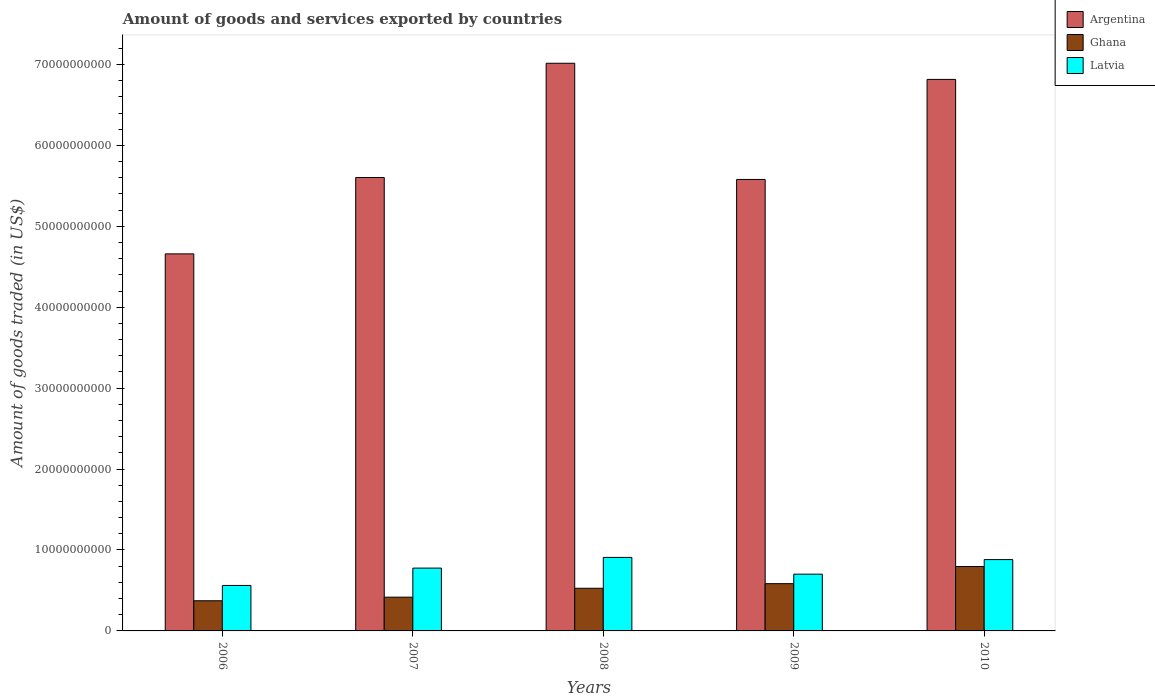
| Years | Argentina | Ghana | Latvia |
 | --- | --- | --- | --- |
 | 2006 | 4.66e+10 | 3.73e+09 | 5.62e+09 |
 | 2007 | 5.6e+10 | 4.17e+09 | 7.76e+09 |
 | 2008 | 7.01e+10 | 5.27e+09 | 9.08e+09 |
 | 2009 | 5.58e+10 | 5.84e+09 | 7.01e+09 |
 | 2010 | 6.82e+10 | 7.96e+09 | 8.81e+09 |